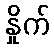
နှိုက်